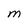
Character: M